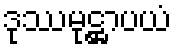
ဒုဿမုဋ္ဌာပယံ